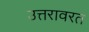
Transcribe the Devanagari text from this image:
उत्तरावरत